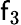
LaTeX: \mathsf{f}_{3}